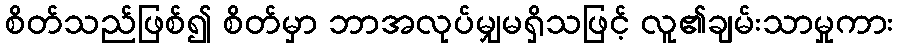
စိတ်သည်ဖြစ်၍ စိတ်မှာ ဘာအလုပ်မျှမရှိသဖြင့် လူ၏ချမ်းသာမှုကား